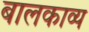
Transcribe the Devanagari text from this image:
बालकाव्य